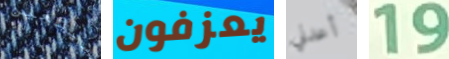
سيتعين يعزفون أعدني 19